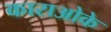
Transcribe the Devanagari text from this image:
काराओके